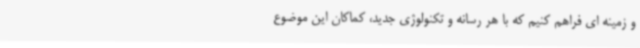
و زمینه ای فراهم کنیم که با هر رسانه و تکنولوژی جدید، کماکان این موضوع